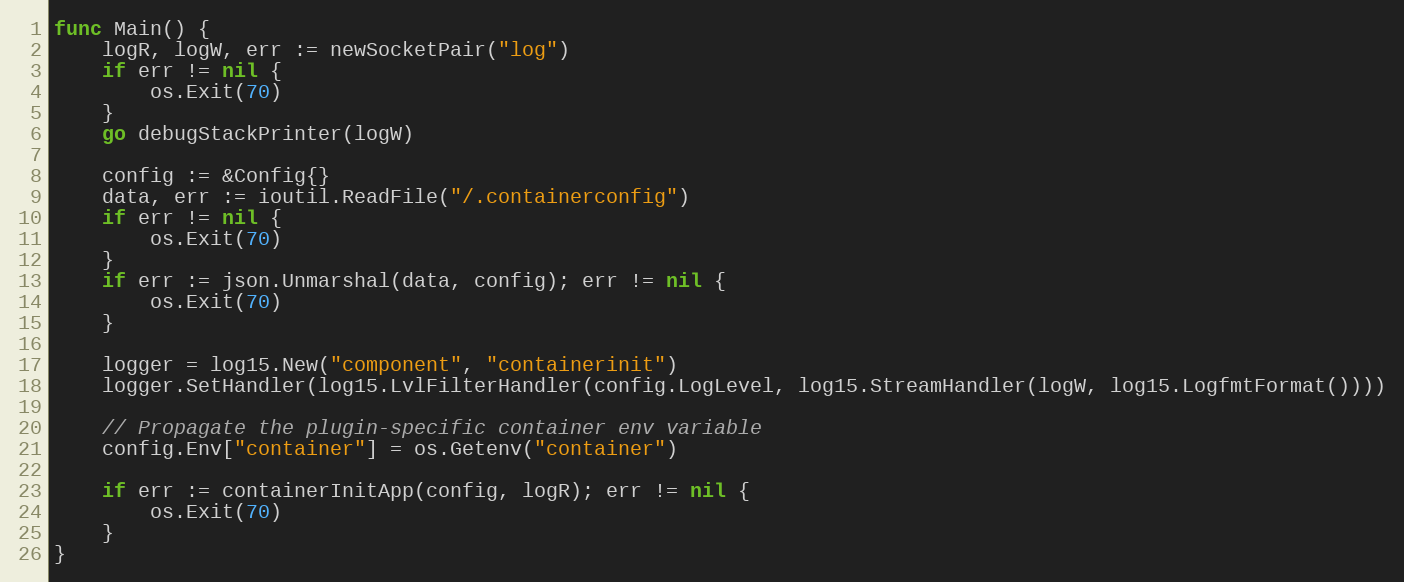
Language: Go
func Main() {
	logR, logW, err := newSocketPair("log")
	if err != nil {
		os.Exit(70)
	}
	go debugStackPrinter(logW)

	config := &Config{}
	data, err := ioutil.ReadFile("/.containerconfig")
	if err != nil {
		os.Exit(70)
	}
	if err := json.Unmarshal(data, config); err != nil {
		os.Exit(70)
	}

	logger = log15.New("component", "containerinit")
	logger.SetHandler(log15.LvlFilterHandler(config.LogLevel, log15.StreamHandler(logW, log15.LogfmtFormat())))

	// Propagate the plugin-specific container env variable
	config.Env["container"] = os.Getenv("container")

	if err := containerInitApp(config, logR); err != nil {
		os.Exit(70)
	}
}